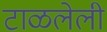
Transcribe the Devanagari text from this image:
टाळलेली